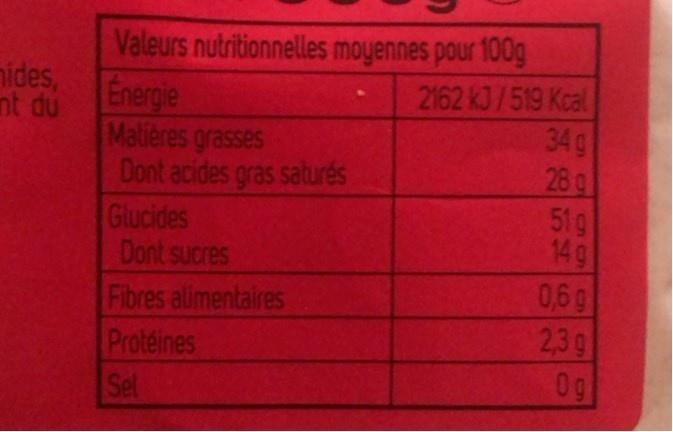
mides, Energie nt du
Valeurs nutritionnelles moyennes pour 100g 2162 kJ/519 Kcal 34
Matières grasses Dont acides gras saturés Glucides Dont sucres
g 28 g 51g 14 g
Fibres alimentaires Proteines Sel
0,6g 239 0g
570
106